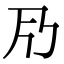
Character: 𠂏